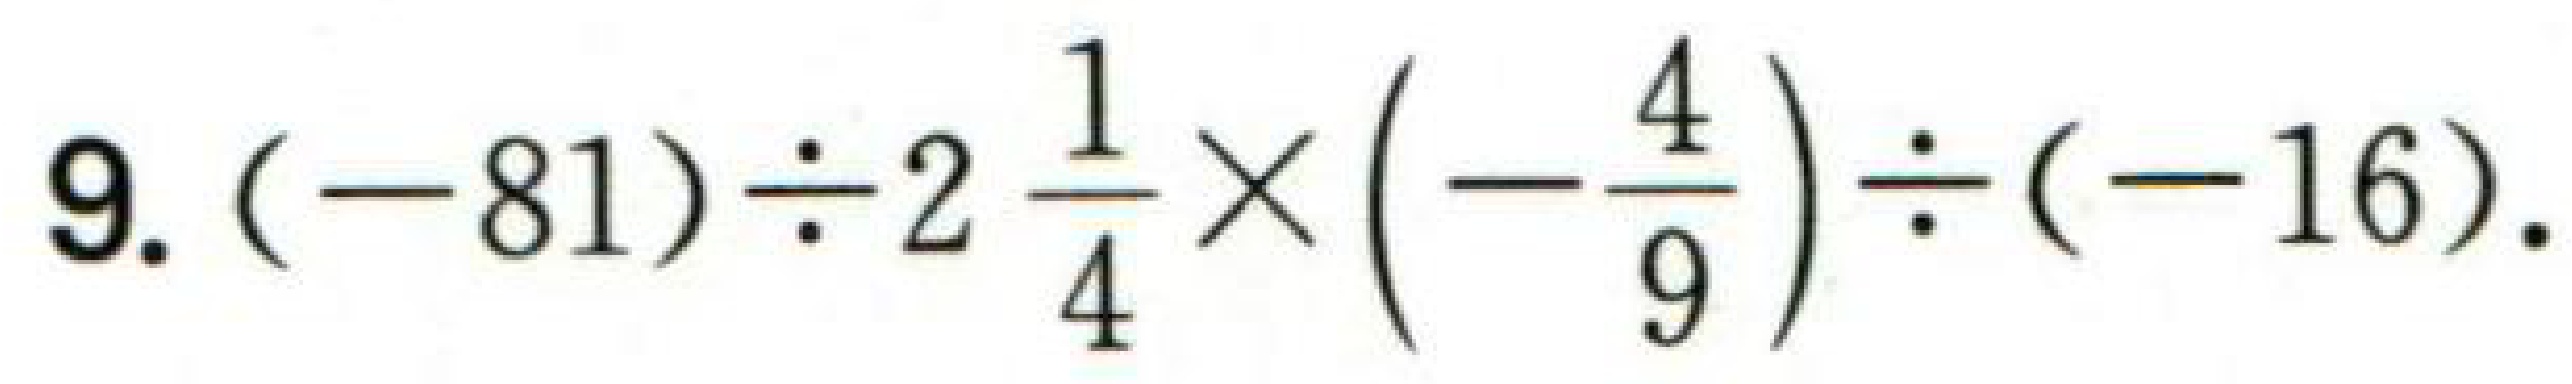
$9.(-81)\div2\frac{1}{4}\times(-\frac{4}{9})\div(-16).$